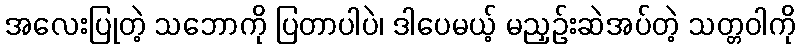
အလေးပြုတဲ့ သဘောကို ပြတာပါပဲ၊ ဒါပေမယ့် မညှဉ်းဆဲအပ်တဲ့ သတ္တဝါကို